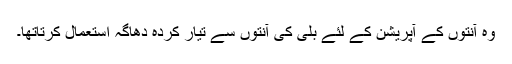
وہ آنتوں کے آپریشن کے لئے بلی کی آنتوں سے تیار کردہ دھاگہ اِستعمال کرتاتھا۔